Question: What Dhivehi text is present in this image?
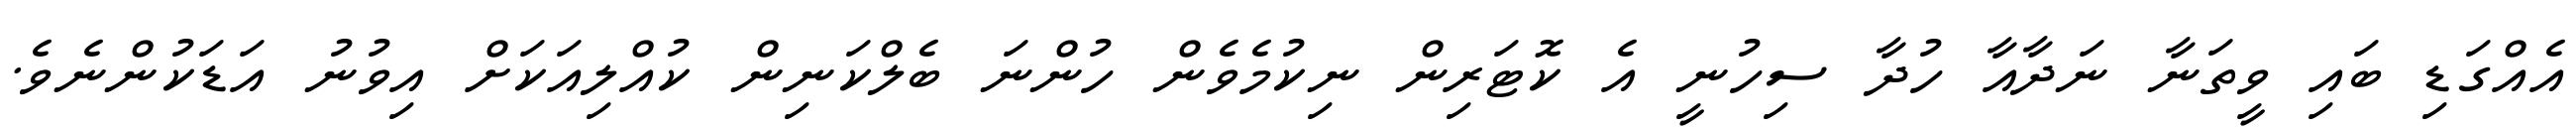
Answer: އެއްގަޑި ބައި ވީތަނާ ނަދާއާ ހުދާ ސިހުނީ އެ ކޮޓަރިން ނިކުމެވެން ހުންނަ ބެލްކަނިން ކުއްލިއަކަށް އިވުނު އަޑަކުންނެވެ.